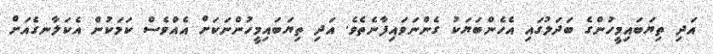
އަދި ތިޔަބައިމީހުންގެ ބަދަލުގައި އެހެންބަޔަކު ގެންނަވައިފާނެތެވެ. އަދި ތިޔަބައިމީހުންނަކަށް އެއްވެސް ކަމަކުން އެކަލާނގެއަށް